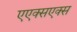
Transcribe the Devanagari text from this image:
एएक्सएक्स